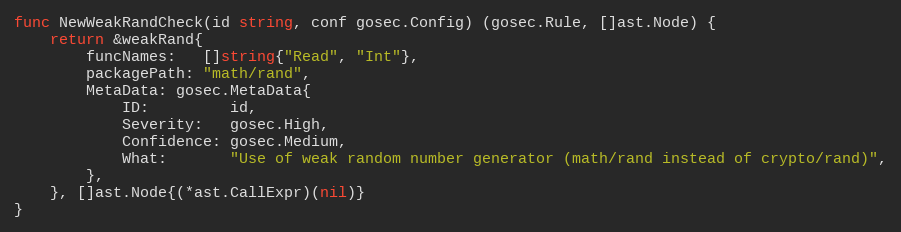
Language: Go
func NewWeakRandCheck(id string, conf gosec.Config) (gosec.Rule, []ast.Node) {
	return &weakRand{
		funcNames:   []string{"Read", "Int"},
		packagePath: "math/rand",
		MetaData: gosec.MetaData{
			ID:         id,
			Severity:   gosec.High,
			Confidence: gosec.Medium,
			What:       "Use of weak random number generator (math/rand instead of crypto/rand)",
		},
	}, []ast.Node{(*ast.CallExpr)(nil)}
}